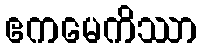
ဧကမေကိဿာ